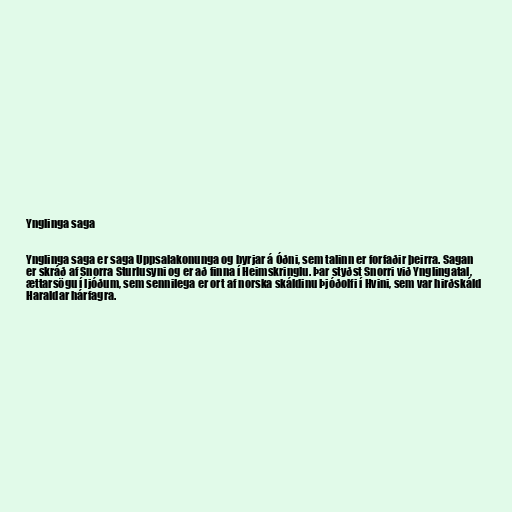
Ynglinga saga

Ynglinga saga er saga Uppsalakonunga og byrjar á Óðni, sem talinn er forfaðir þeirra. Sagan
er skráð af Snorra Sturlusyni og er að finna í Heimskringlu. Þar styðst Snorri við Ynglingatal,
ættarsögu í ljóðum, sem sennilega er ort af norska skáldinu Þjóðolfi í Hvini, sem var hirðskáld
Haraldar hárfagra.